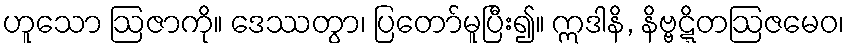
ဟူသော ဩဇာကို။ ဒေဿတွာ၊ ပြတော်မူပြီး၍။ ဣဒါနိ, နိဗ္ဗဋ္ဋိတဩဇမေဝ၊